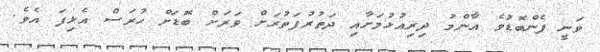
ވަނީ ފެންބޮޑުވެ އާންމު ދިރިއުޅުމަށާއި ދަތުރުފަތުރަށް ވަރަށް ބޮޑަށް ހުރަސް އެޅިފަ އެވެ.